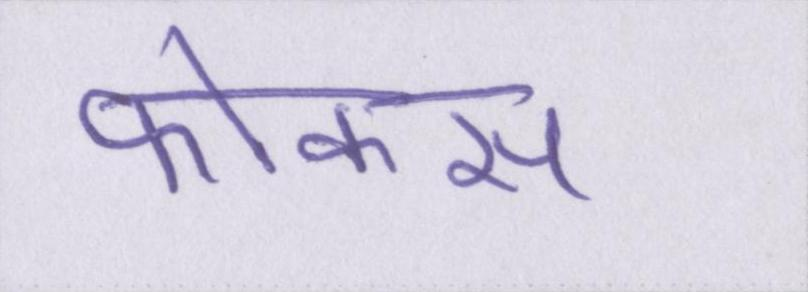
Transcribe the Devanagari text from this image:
फोकस